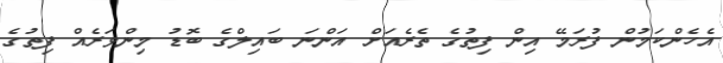
އެހެންކަމުން ފުރަމޭ އިން ފިތުގެ ތެރެއަށް އަންނަ ބައިލްގެ ބޮޑު މިންވަރެއް ފިތުގެ